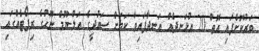
ބަރުކޮށްފައި އޮތް 20 އުޅަނދެއް އަނދާފައިވާ ކަމަށް ސައުދީގެ އަލް-ޔޫމް ނޫހުގެ ރިޕޯޓެއްގައި